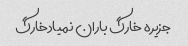
جزیره خارگ باران نمیادخارگ